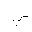
Letter: _ya